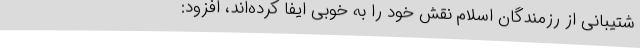
شتیبانی از رزمندگان اسلام نقش خود را به خوبی ایفا کرده‌اند، افزود: